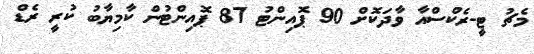
މެޗު ޓީ-ރެކްސްއާ ވާދަކޮށް 90 ޕޮއިންޓު 87 ޕޮއިންޓުން ކާމިޔާބު ކުރީ ރެޑް